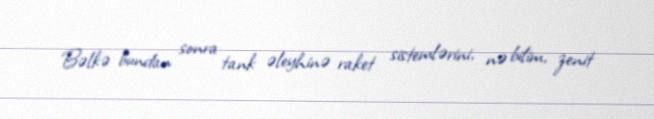
Bəlkə bundan sonra tank əleyhinə raket sistemlərini, nə bilim, zenit